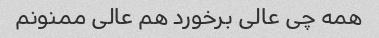
همه چی عالی برخورد هم عالی ممنونم